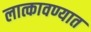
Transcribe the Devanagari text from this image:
लात्कावण्यात